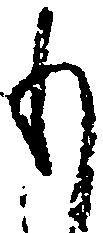
も